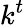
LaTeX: k^{t}